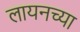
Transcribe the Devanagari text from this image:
लायनच्या